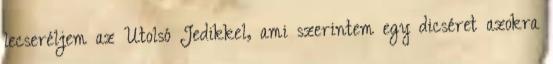
lecseréljem az Utolsó Jedikkel, ami szerintem egy dicséret azokra